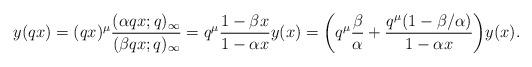
LaTeX: \begin{align*}& y(qx) = (qx)^{\mu} \frac{(\alpha qx;q)_{\infty}}{(\beta qx;q)_{\infty}} = q^{\mu}\frac{1-\beta x}{1-\alpha x} y(x) = \bigg( q^{\mu}\frac{\beta}{\alpha}+\frac{q^{\mu}(1-\beta /\alpha)}{1-\alpha x}\bigg) y(x) .\end{align*}